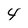
Character: 4